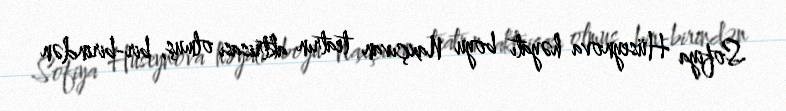
Sofiya Hüseynova həyatı boyu Naxçıvan teatrın aktrisası olmuş, bir-birindən